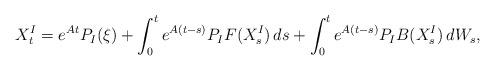
LaTeX: \begin{align*} X_t^I = e^{ A t } P_{ I }( \xi ) + \int_0^t e^{ A ( t - s ) } P_I F( X^I_s ) \, ds + \int_0^t e^{ A ( t - s ) } P_I B( X^I_s ) \, dW_s ,\end{align*}